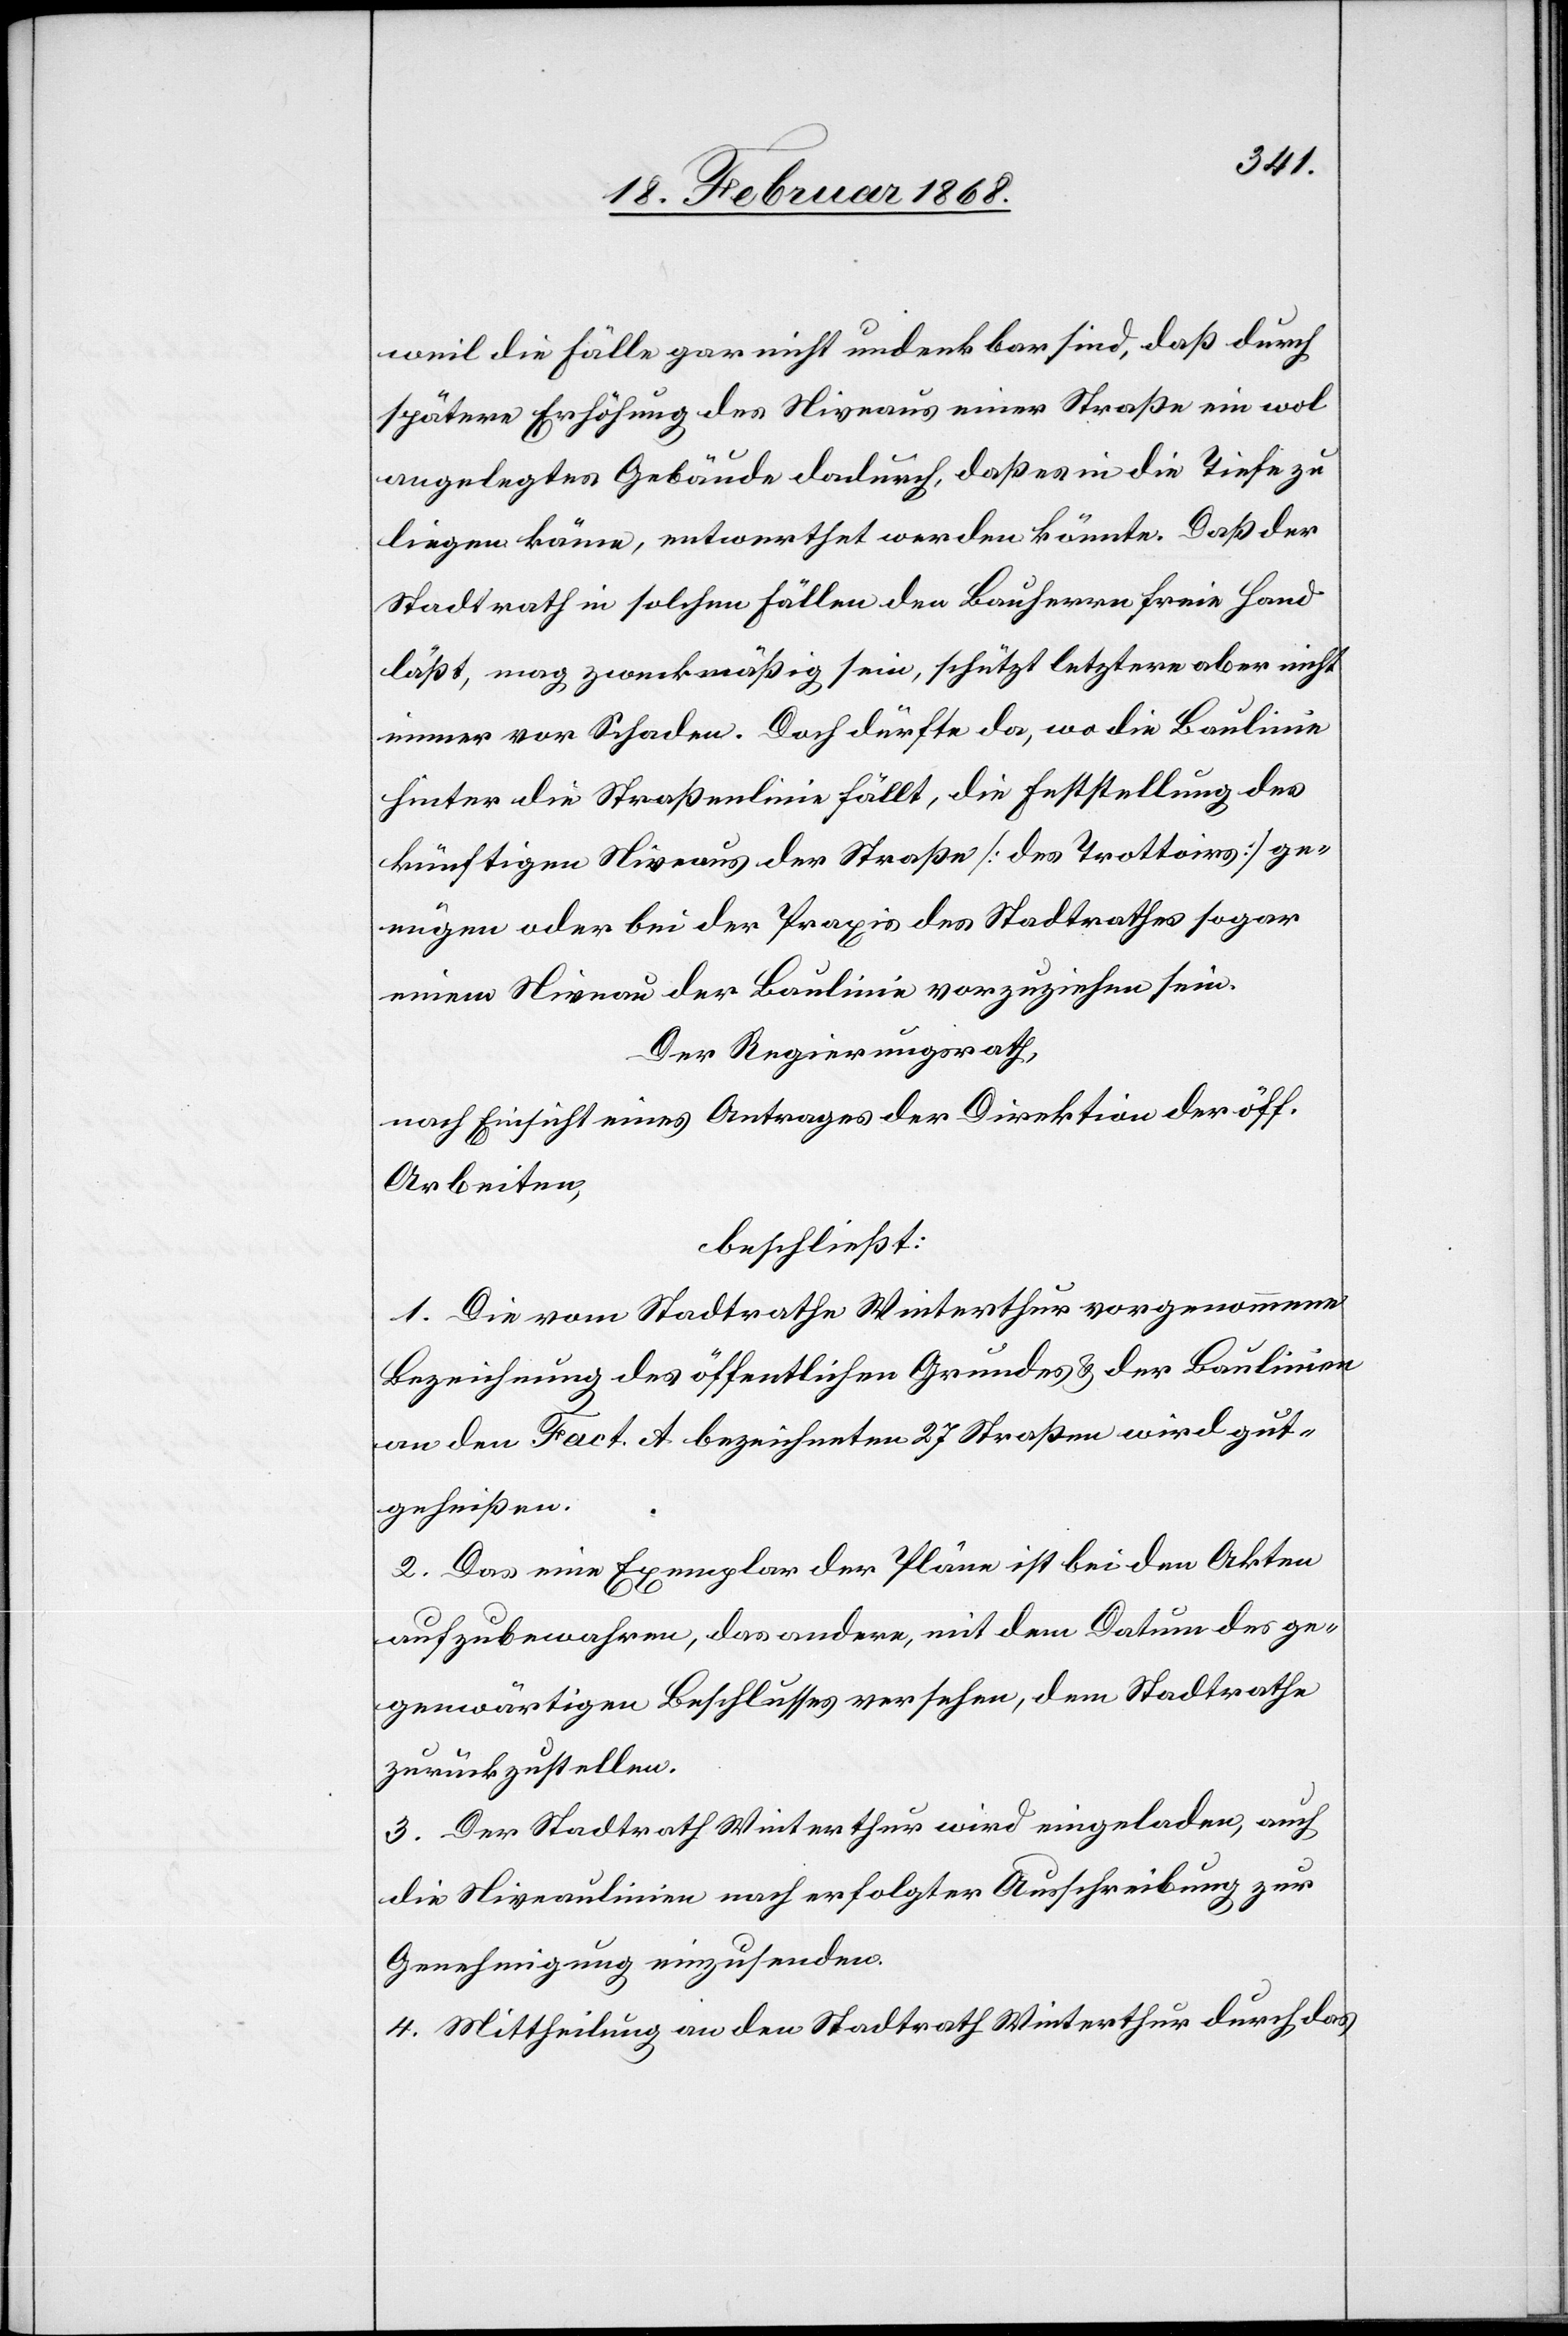
weil die Fälle gar nicht undenkbar sind, daß durch
spätere Erhöhung des Niveaus einer Straße ein wol
angelegtes Gebäude dadurch, daß es in die Tiefe zu
liegen käme, entwerthet werden könnte. Daß der
Stadtrath in solchen Fällen den Bauherrn freie Hand
läßt, mag zweckmäßig sein, schützt letztere aber nicht
immer vor Schaden. Doch dürfte da, wo die Baulinie
hinter die Straßenlinie fällt, die Feststellung des
künftigen Niveaus der Straße [des Trottoirs] ge¬
nügen oder bei der Praxis des Stadtrathes sogar
einem Niveau der Baulinie vorzuziehen sein.
Der Regierungsrath,
nach Einsicht eines Antrages der Direktion der öff.
Arbeiten,
beschließt:
1. Die vom Stadtrathe Winterthur vorgenommene
Bezeichnung des öffentlichen Grundes & der Baulinien
an den Fact. A. bezeichneten 27 Straßen wird gut¬
geheißen.
2. Das eine Exemplar der Pläne ist bei den Akten
aufzubewahren, das andere, mit dem Datum des ge¬
genwärtigen Beschlusses versehen, dem Stadtrathe
zurückzustellen.
3. Der Stadtrath Winterthur wird eingeladen, auch
die Niveaulinien nach erfolgter Ausschreibung zur
Genehmigung einzusenden.
4. Mittheilung an den Stadtrath Winterthur durch das